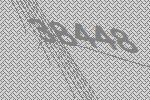
38448